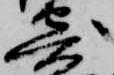
寄